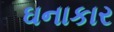
ઘનાકાર